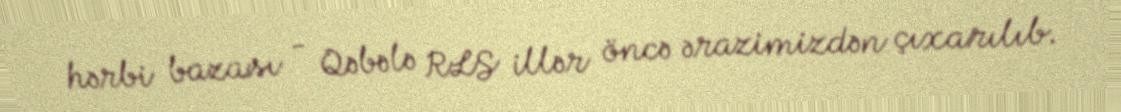
hərbi bazası - Qəbələ RLS illər öncə ərazimizdən çıxarılıb.